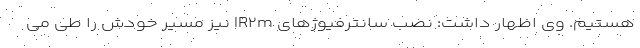
هستیم. وی اظهار داشت: نصب سانترفیوژهای IR۲m نیز مسیر خودش را طی می